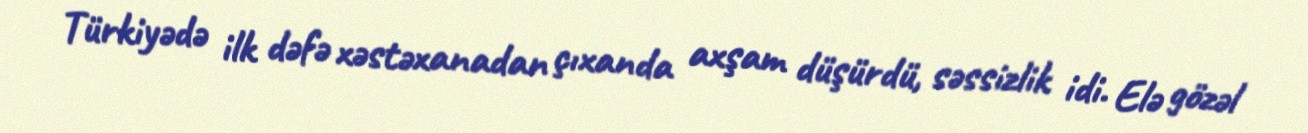
Türkiyədə ilk dəfə xəstəxanadan çıxanda axşam düşürdü, səssizlik idi. Elə gözəl